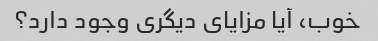
خوب، آیا مزایای دیگری وجود دارد؟